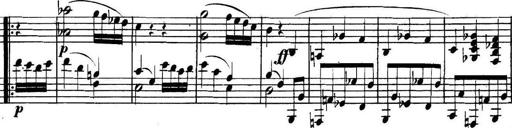
Title: Collected Piano Sonatas
Composer: Muzio Clementi